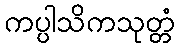
ကပ္ပါသိကသုတ္တံ